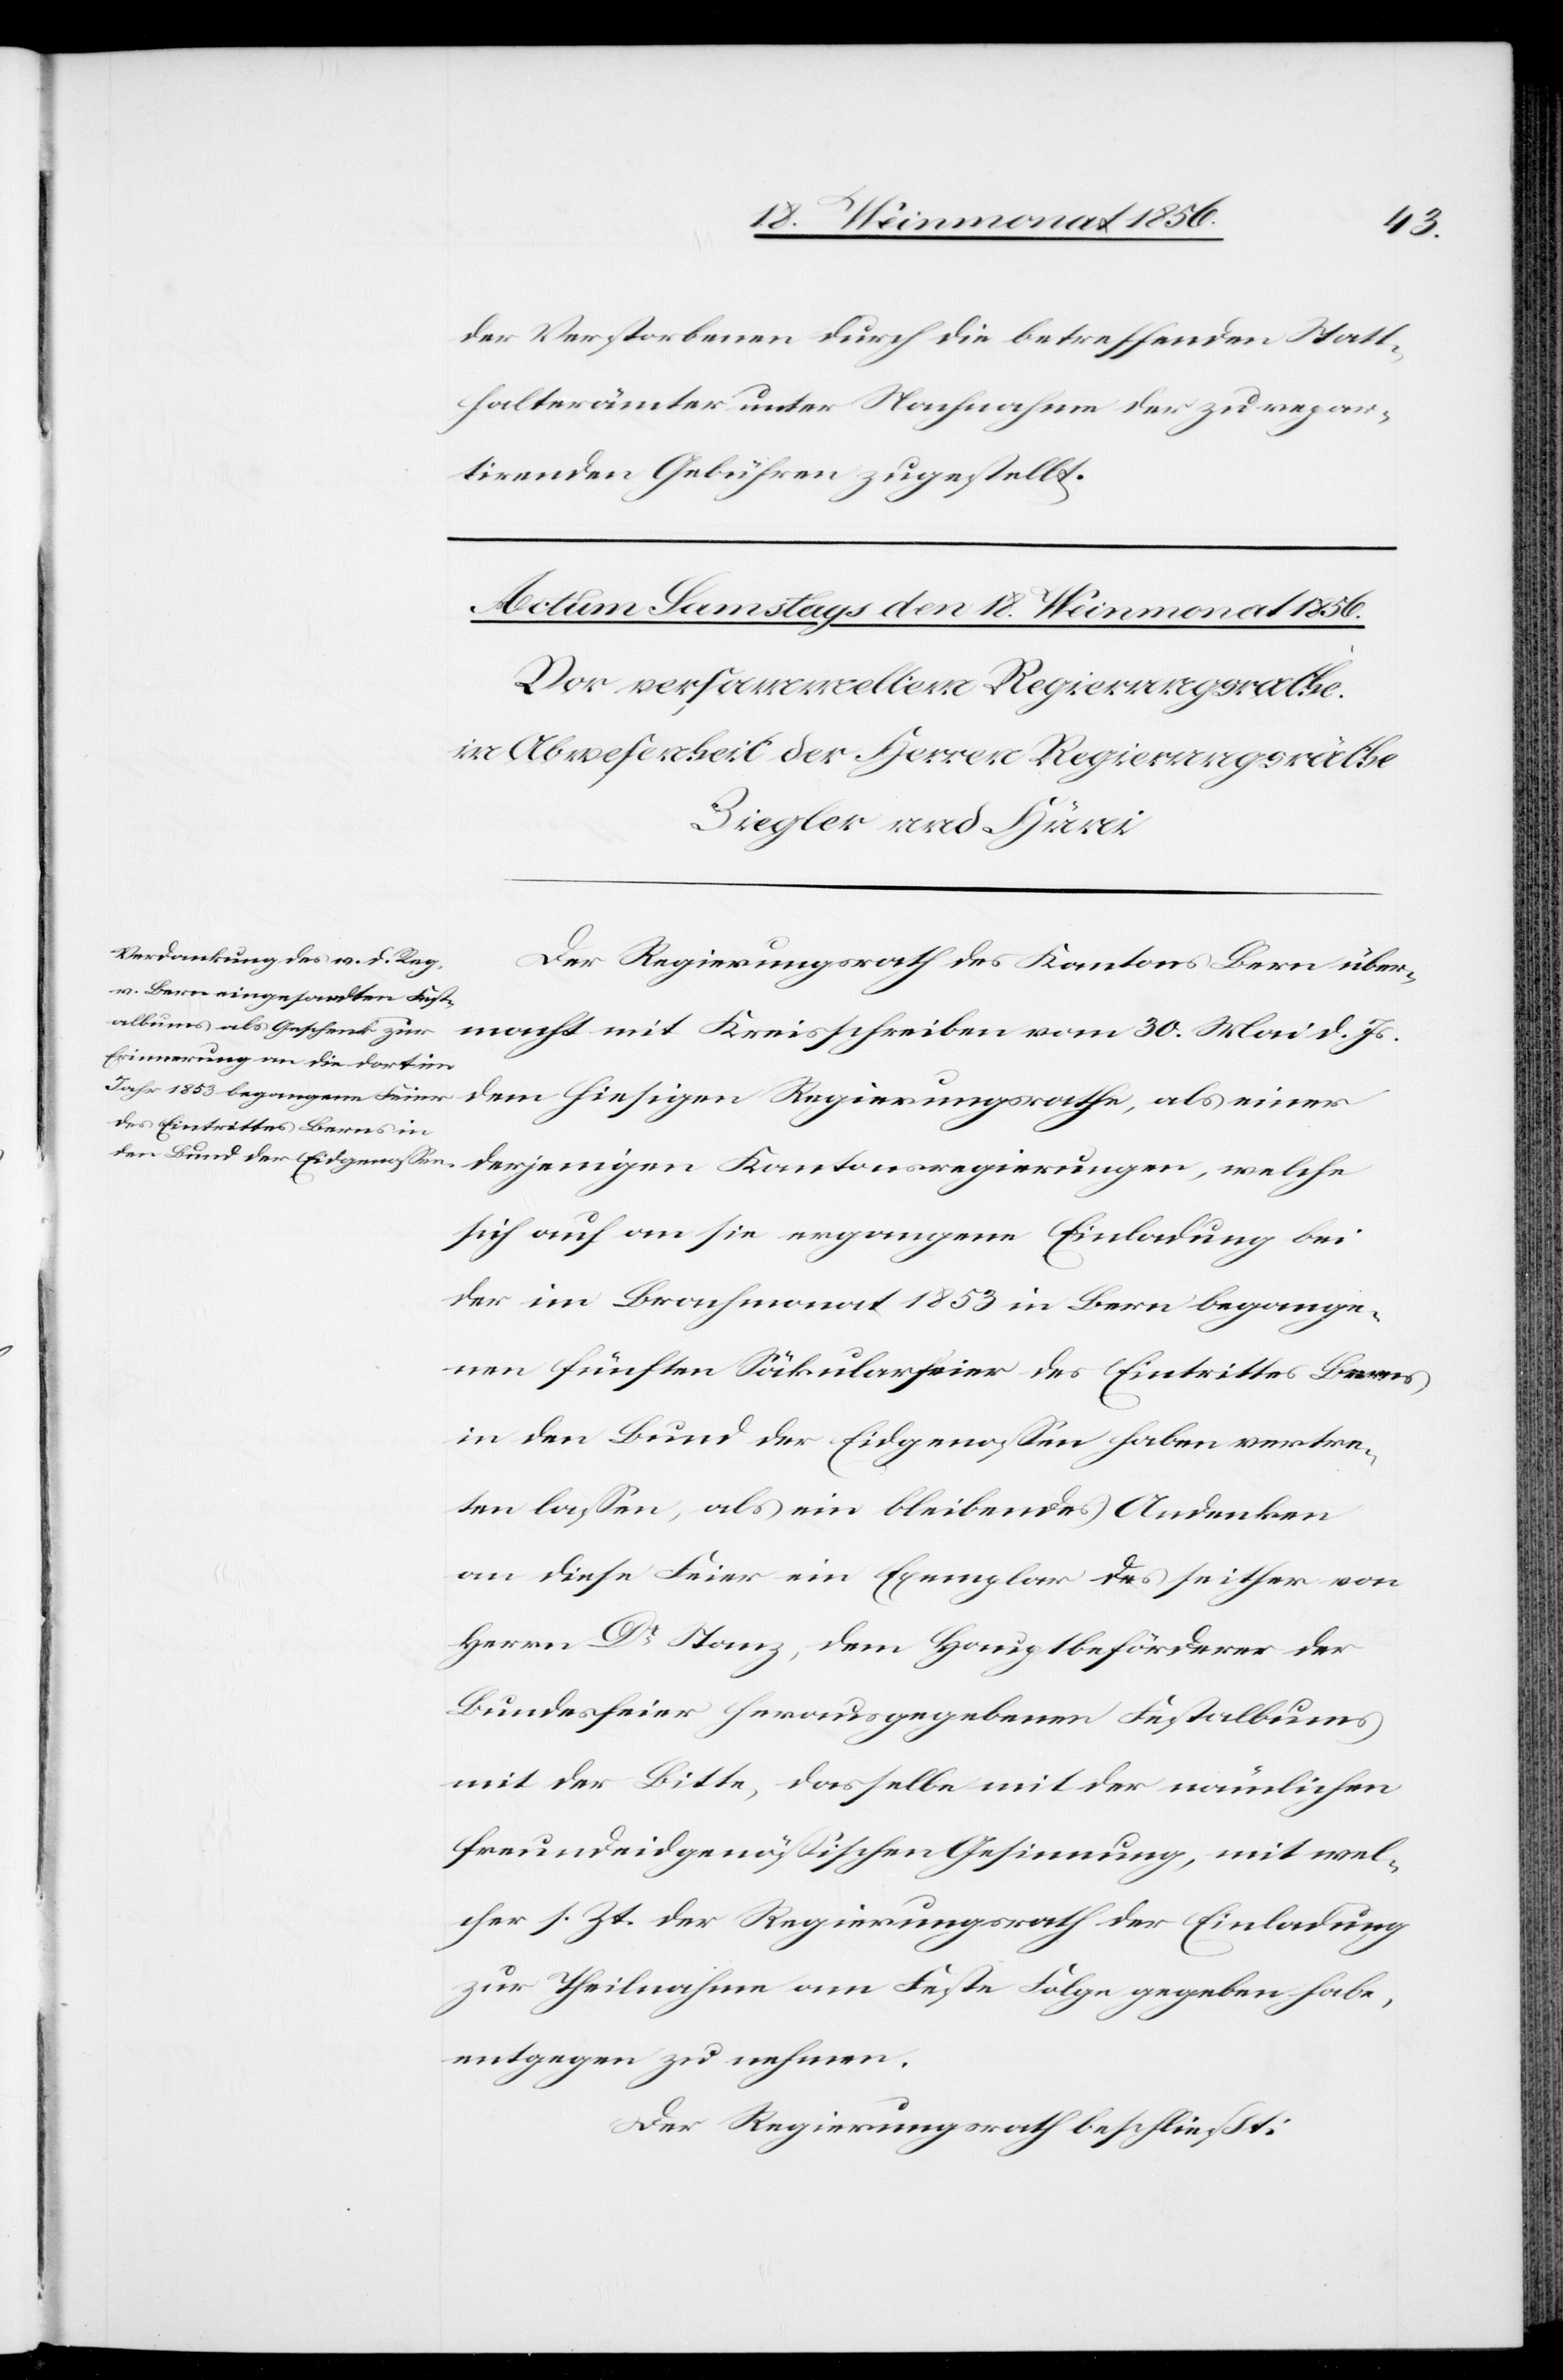
der Verstorbenen durch die betreffenden Statt¬
halterämter unter Nachnahme der zu repar¬
tirenden Gebühren zugestellt.
Der Regierungsrath des Kantons Bern über¬
Kantonsregierungen,
sich auf an sie ergangene Einladung bei
der im Brachmonat 1853 in Bern begange¬
nen fünften Säkularfeier des Eintrittes Berns
in den Bund der Eidgenossen haben vertre¬
ten lassen, als ein bleibendes Andenken
an diese Feier ein Exemplar des seither von
Herrn Dr Stanz, dem Hauptbeförderer der
Bundesfeier herausgegebenen Festalbums
mit der Bitte, dasselbe mit der nämlichen
freundeidgenössischen Gesinnung, mit wel¬
cher s. Zt. der Regierungsrath der Einladung
zur Theilnahme am Feste Folge gegeben habe,
entgegen zu nehmen.
Der Regierungsrath beschließt: